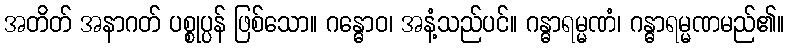
အတိတ် အနာဂတ် ပစ္စုပ္ပန် ဖြစ်သော။ ဂန္ဓောဝ၊ အနံ့သည်ပင်။ ဂန္ဓာရမ္မဏံ၊ ဂန္ဓာရမ္မဏမည်၏။